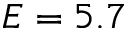
E = 5 . 7